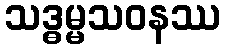
သဒ္ဓမ္မသဝနဿ